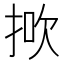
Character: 𢭻